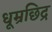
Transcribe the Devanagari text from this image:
धूम्रछिद्र